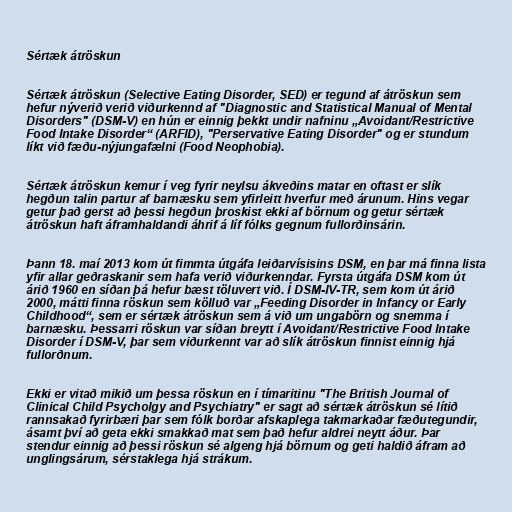
Sértæk átröskun

Sértæk átröskun (Selective Eating Disorder, SED) er tegund af átröskun sem
hefur nýverið verið viðurkennd af "Diagnostic and Statistical Manual of Mental
Disorders" (DSM-V) en hún er einnig þekkt undir nafninu „Avoidant/Restrictive
Food Intake Disorder“ (ARFID), "Perservative Eating Disorder" og er stundum
líkt við fæðu-nýjungafælni (Food Neophobia).

Sértæk átröskun kemur í veg fyrir neylsu ákveðins matar en oftast er slík
hegðun talin partur af barnæsku sem yfirleitt hverfur með árunum. Hins vegar
getur það gerst að þessi hegðun þroskist ekki af börnum og getur sértæk
átröskun haft áframhaldandi áhrif á líf fólks gegnum fullorðinsárin.

Þann 18. maí 2013 kom út fimmta útgáfa leiðarvísisins DSM, en þar má finna lista
yfir allar geðraskanir sem hafa verið viðurkenndar. Fyrsta útgáfa DSM kom út
árið 1960 en síðan þá hefur bæst töluvert við. Í DSM-IV-TR, sem kom út árið
2000, mátti finna röskun sem kölluð var „Feeding Disorder in Infancy or Early
Childhood“, sem er sértæk átröskun sem á við um ungabörn og snemma í
barnæsku. Þessarri röskun var síðan breytt í Avoidant/Restrictive Food Intake
Disorder í DSM-V, þar sem viðurkennt var að slík átröskun finnist einnig hjá
fullorðnum.

Ekki er vitað mikið um þessa röskun en í tímaritinu "The British Journal of
Clinical Child Psycholgy and Psychiatry" er sagt að sértæk átröskun sé lítið
rannsakað fyrirbæri þar sem fólk borðar afskaplega takmarkaðar fæðutegundir,
ásamt því að geta ekki smakkað mat sem það hefur aldrei neytt áður. Þar
stendur einnig að þessi röskun sé algeng hjá börnum og geti haldið áfram að
unglingsárum, sérstaklega hjá strákum.